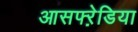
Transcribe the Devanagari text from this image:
आसफ्ऱेडिया